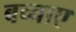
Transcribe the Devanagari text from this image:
बच्चाए